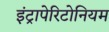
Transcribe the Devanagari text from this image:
इंट्रापेरिटोनियम